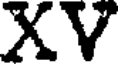
XV